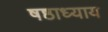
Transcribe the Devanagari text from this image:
षष्ठाध्याय